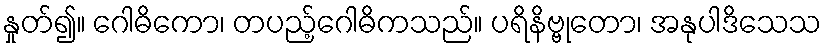
နှုတ်၍။ ဂေါဓိကော၊ တပည့်ဂေါဓိကသည်။ ပရိနိဗ္ဗုတော၊ အနုပါဒိသေသ